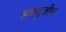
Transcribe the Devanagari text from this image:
सप्तभुजीय